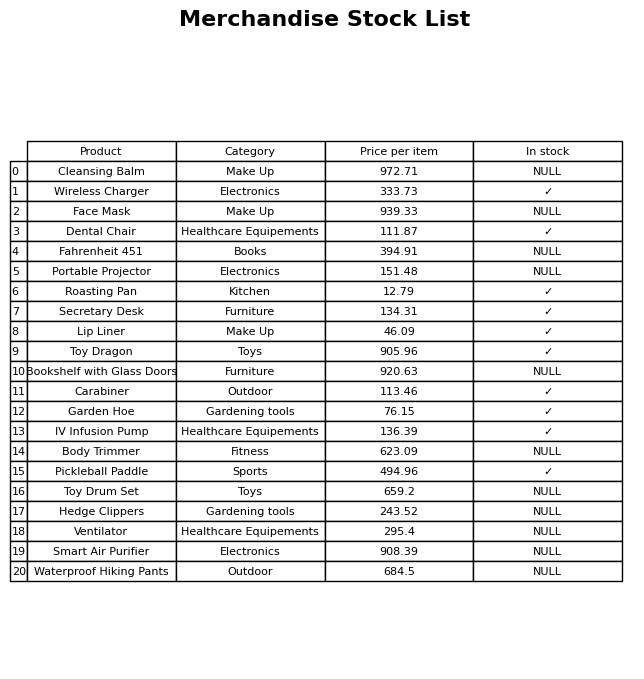
question: What is the price of the IV Infusion Pump?
answer: The price of IV Infusion Pump is 136.39.